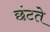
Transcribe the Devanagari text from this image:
छंटते